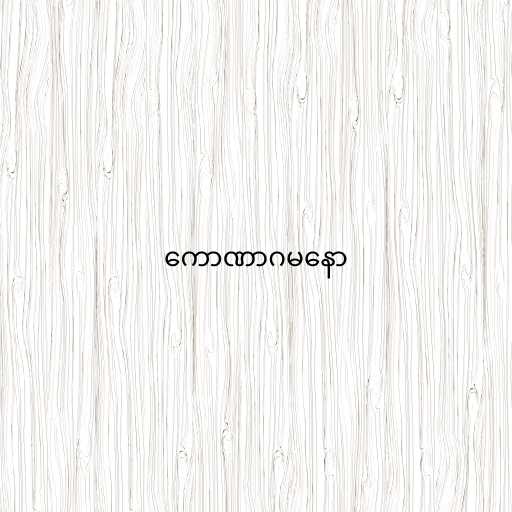
ကောဏာဂမနော